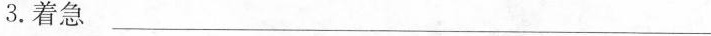
3.着急___